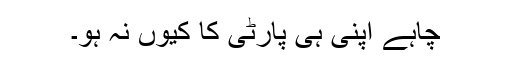
چاہے اپنی ہی پارٹی کا کیوں نہ ہو۔